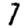
Digit: 7